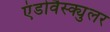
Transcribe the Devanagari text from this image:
एंडोवैस्क्युलर